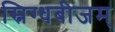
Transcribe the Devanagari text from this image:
स्निग्धबीजम्